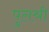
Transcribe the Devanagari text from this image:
पुलश्री